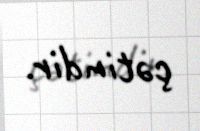
çətindir.